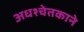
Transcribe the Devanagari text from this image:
अधश्चेतकाने